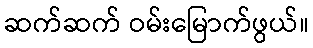
ဆက်ဆက် ဝမ်းမြောက်ဖွယ်။